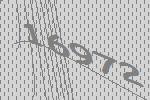
16972